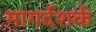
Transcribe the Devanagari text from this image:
मागर्दशर्क